Lunatic asylums in Bengal annual reports 1888-1898 - 1888-1898
Year: 1888
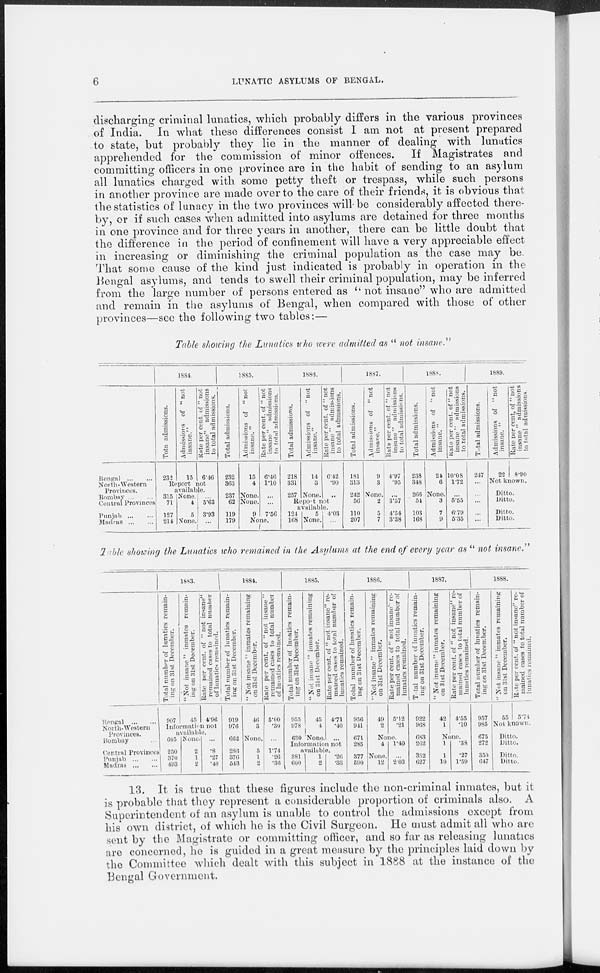
6
LUNATIC ASYLUMS OF BENGAL.
discharging criminal lunatics, which probably differs in the various provinces
of India. In what these differences consist I am not at present prepared
to state, but probably they lie in the manner of dealing with lunatics
apprehended for the commission of minor offences. If Magistrates and
committing officers in one province are in the habit of sending to an asylum
all lunatics charged with some petty theft or trespass, while such persons
in another province are made over to the care of their friends, it is obvious that
the statistics of lunacy in the two provinces will be considerably affected there-
by, or if such cases when admitted into asylums are detained for three months
in one province and for three years in another, there can be little doubt that
the difference in the period of confinement will have a very appreciable effect
in increasing or diminishing the criminal population as the case may be.
That some cause of the kind just indicated is probably in operation in the
Bengal asylums, and tends to swell their criminal population, may be inferred
from the large number of persons entered as "not insane" who are admitted
and remain in the asylums of Bengal, when compared with those of other
provinces—see the following two tables:—
Table showing the Lunatics who were admitted as "not insane."
Bengal
...
...
North-Western
Provinces.
Bombay ... ...
Central Provinces
Punjab
...
...
Madras ... ...
1884.
Total admissions.
232
Admissions of "not
insane."
15
Rate
per cent. of "not
insane" admissions
to total admissions.
6.46
Report not
available.
315
71
127
214
None.
4
5
None.
...
5.63
3.93
...
1885.
Total admissions.
232
363
237
62
119
179
Admissions of "not
insane."
15
4
None.
None.
9
Rate per cent. of "not
insane" admissions
to total admissions.
6.46
1.10
...
...
7.56
None.
1886.
Total admissions.
218
331
257
Admissions of "not
insane."
14
3
None.
Rate per cent. of "not
insane" admissions
to total admissions.
6.42
.90
...
Report not
available.
124
168
5
None.
4.03
...
1887.
Total admissions.
181
313
242
56
110
207
Admissions of "not
insane."
9
3
None.
2
5
7
Rate per cent. of "not
insane" admissions
to total admissions.
4.97
.95
...
3.57
4.54
3.38
1888.
Total admissions.
238
348
266
54
103
168
Admissions of "not
insane. "
24
6
None.
3
7
9
Rate
per cent. of "not
insane" admissions
to total admissions.
10.08
1.72
...
5.55
6.79
5.35
1889.
Total admissions.
247
...
...
...
...
...
Admissions of "not
insane."
22
Rate per cent. of "not
insane" admissions
to total admissions.
8.90
Not known.
Ditto.
Ditto.
Ditto.
Ditto.
Table showing the Lunatics who remained in the Asylums at the end of every year as "not insane."
Bengal
...
...
North-Western
Provinces.
Bombay ...
Central Provinces
Punjab
...
...
Madras ... ...
1883.
Total number of lunatics remain-
ing on 31st December.
907
"Not insane" inmates remain-
ing on 31st December.
45
Rate per cent. of "not insane"
remained cases to total number
of lunatics remained.
4.96
Information not
available.
605
250
370
493
None.
2
1
2
...
.8
.27
.40
1884.
Total number of lunatics remain-
ing on 31st December.
919
976
662
286
376
543
"Not insane" inmates remaining
on 31st December.
46
3
None.
5
1
2
Rate per cent. of "not insane"
remained cases to total number
of lunatics remained.
5.00
.30
...
1.74
.26
.36
1885.
Total number of lunatics remain-
ing on 31st December.
955
978
630
"Not insane" inmates remaining
on 31st December.
45
4
None.
Rate per cent. of "not insane" re-
mained cases to total number of
lunatics remained.
4.71
.40
...
Information not
available.
381
600
1
2
.26
.33
1886.
Total number of lunatics remain-
ing on 31st December.
956
941
671
285
377
590
"Not insane" inmates remaining
on 31st December.
49
2
Rate per cent. of "not insane'' re-
mained cases to total number of
lunatics remained.
5.12
.21
None.
4
None.
12
1.40
...
2.03
1887.
Total
number of lunatics remain-
ing on 31st December.
922
968
683
262
352
627
"Not insane" inmates remaining
on 31st December.
42
1
Rate per cent. of "not insane" re-
mained cases to total number of
lunatics remained.
4.55
.10
None.
1
1
10
.38
.27
1.59
1888.
Total number of lunatics remain-
ing on 31st December.
957
985
675
272
350
647
"Not insane" inmates remaining
on 31st December.
55
Rate
per cent. of "not insane" re-
mained cases to total number of
lunatics remained.
5.74
Not known.
Ditto.
Ditto.
Ditto.
Ditto.
13. It is true that these figures include the non-criminal inmates, but it
is probable that they represent a considerable proportion of criminals also. A
Superintendent of an asylum is unable to control the admissions except from
his own district, of which he is the Civil Surgeon. He must admit all who are
sent by the Magistrate or committing officer, and so far as releasing lunatics
are concerned, he is guided in a great measure by the principles laid down by
the Committee which dealt with this subject in 1888 at the instance of the
Bengal Government.